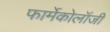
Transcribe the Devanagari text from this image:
फार्मेकोलॉजी